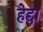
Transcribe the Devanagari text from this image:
हेद्दा